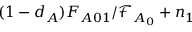
( 1 - d _ { A } ) F _ { A 0 1 } / \mathcal { F } _ { A _ { 0 } } + n _ { 1 }